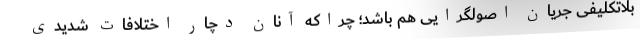
بلاتکلیفی جریان اصولگرایی هم باشد؛ چراکه آنان دچار اختلافات شدیدی